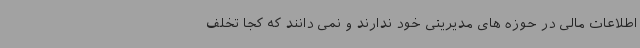
اطلاعات مالی در حوزه های مدیریتی خود ندارند و نمی دانند که کجا تخلف